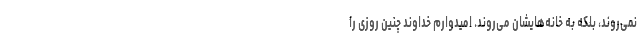
نمی‌روند، بلکه به خانه‌هایشان می‌روند. امیدوارم خداوند چنین روزی را